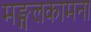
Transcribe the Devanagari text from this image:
मङ्गलकामना